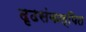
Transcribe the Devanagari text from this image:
दृढसंकल्पित